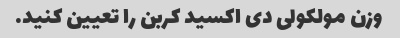
وزن مولکولی دی اکسید کربن را تعیین کنید.